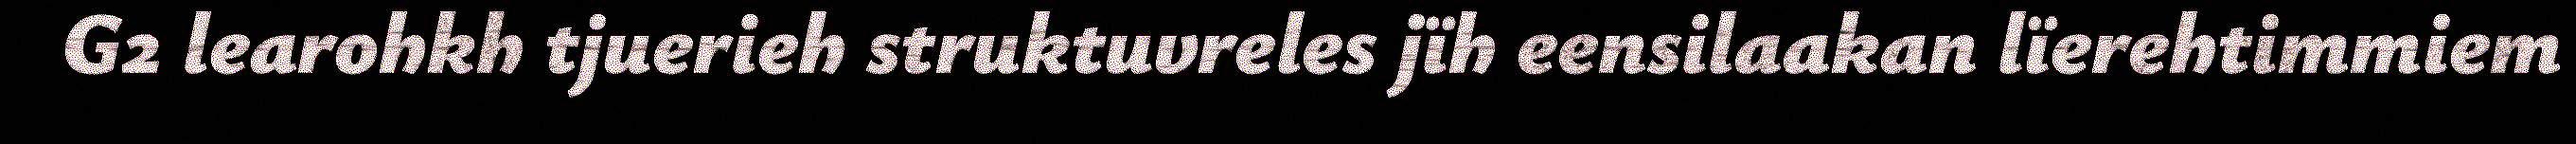
G2 learohkh tjuerieh struktuvreles jïh eensilaakan lïerehtimmiem